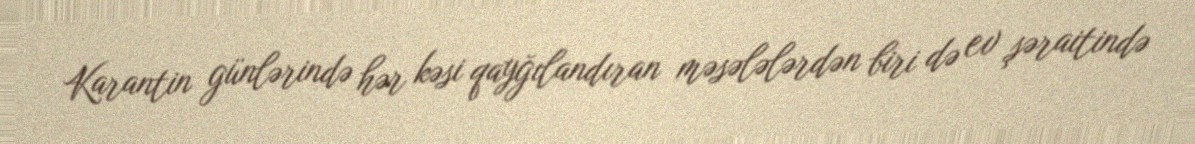
Karantin günlərində hər kəsi qayğılandıran məsələlərdən biri də ev şəraitində